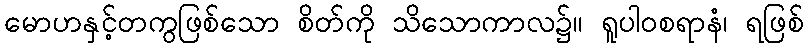
မောဟနှင့်တကွဖြစ်သော စိတ်ကို သိသောကာလ၌။ ရူပါဝစရာနံ၊ ရဖြစ်